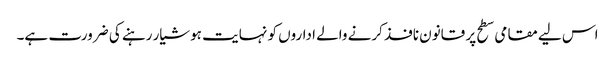
اس لیے مقامی سطح پر قانون نافذ کرنے والے اداروں کو نہایت ہوشیار رہنے کی ضرورت ہے۔